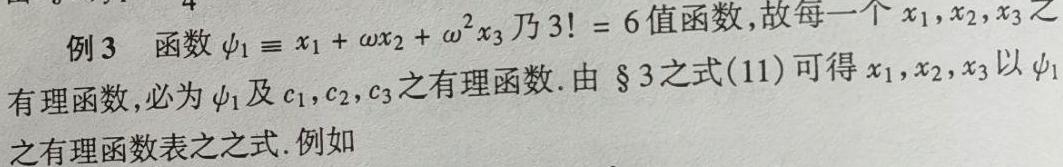
例 3 函数 $\psi_1\equiv x_1+\omega x_2+\omega^2 x_3$ 乃 $3!=6$ 值函数,故每一个 $x_1,x_2,x_3$ 之有理函数,必为 $\psi_1$ 及 $c_1,c_2,c_3$ 之有理函数. 由 $\S 3$ 之式(11) 可得 $x_1,x_2,x_3$ 以 $\psi_1$ 之有理函数表之之式. 例如